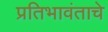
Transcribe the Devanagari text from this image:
प्रतिभावंताचे